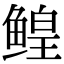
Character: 鳇